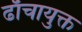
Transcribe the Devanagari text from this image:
ढाँचायुक्त